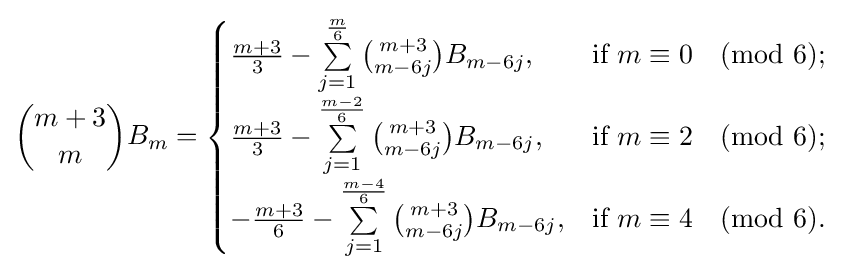
{\binom {m+3}{m}}B_{m}={\begin{cases}{\frac {m+3}{3}}-\sum \limits _{j=1}^{\frac {m}{6}}{\binom {m+3}{m-6j}}B_{m-6j},&{\text{if }}m\equiv 0{\pmod {6}};\\{\frac {m+3}{3}}-\sum \limits _{j=1}^{\frac {m-2}{6}}{\binom {m+3}{m-6j}}B_{m-6j},&{\text{if }}m\equiv 2{\pmod {6}};\\-{\frac {m+3}{6}}-\sum \limits _{j=1}^{\frac {m-4}{6}}{\binom {m+3}{m-6j}}B_{m-6j},&{\text{if }}m\equiv 4{\pmod {6}}.\end{cases}}